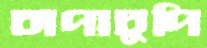
চাপাচুপি